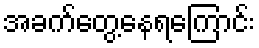
အခက်တွေ့နေရကြောင်း